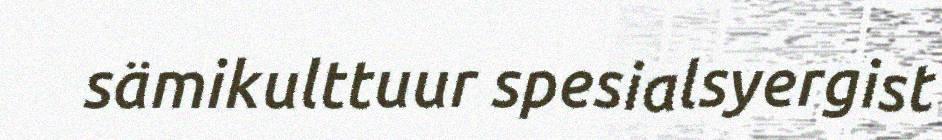
sämikulttuur spesialsyergist